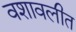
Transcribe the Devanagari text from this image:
वशावलीत